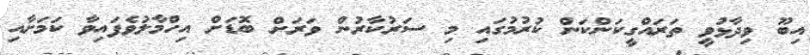
އިބޫ ވިދާޅުވީ ތަރައްގީކަންކަން ކުރުމުގައި މި ސަރުކާރުން ވަރަށް ބޮޑަށް އިހްމާލުވެފައިވާ ކަމަށާއި